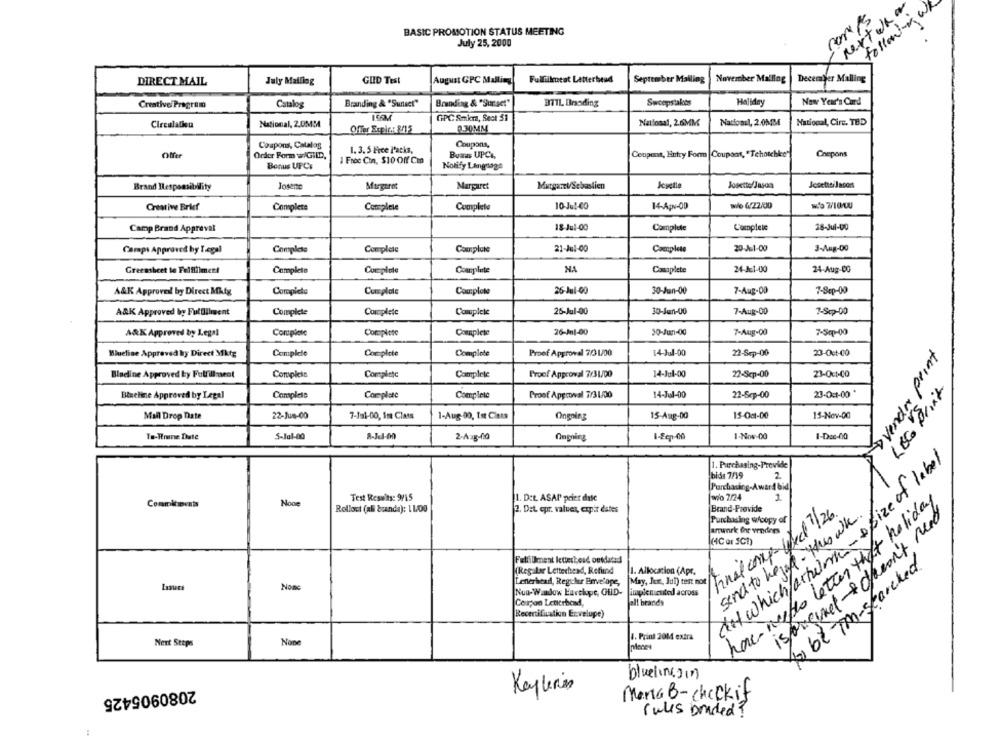
nextwaar
follow-w
comes
BASIC PROMOTION STATUS MEETING
July 25, 2000
DIRECT MAIL
July Mailing
GUID Test
August GPC Malling
Fullilkutat Latterbead
September Mailing
November Malling
December Malling
Creative Program
Catalog
Branding & "Sunset"
Branding & "Sunset"
BTTL Brsading
Sweepstakes
Holiday
New Year's Card
GPC Snkra, Sect 31
Circulation
National, 2.0MM
National, 2.6MM
National, 2.0MM
National, Circ. TBD
Offer Exple .: 8/15
R30MM
Coupons, Catalog
1.3. 5 Free Packs,
Coupons,
Offer
Order Form w/GILD,
Buaus UPCI
Coupons, Entry Form | Coupons, "Tehotchkee"
Chepons
1 Free Con, $10 Off Cin
Bonus UFC:
Notify Lingnage
Jonene
Margaret
Margaret
Margaret/Sebastien
Josette/Jason
Josette Jacors
Brand Responsibility
Creative Brief
Complete
Complete
Complete
10-Jul-CO
14-Apv-00
we 4/22/00
Camp Brand Appreval
18-Jul-00
Complete
Complete
28-Jul-00
Camps Approved by Legal
Complete
Complete
Complate
21-Jul-00
Completo
20Je1-00
3-Aug-00
Greensheet to Fulfillment
Complete
Complete
Complete
NA
Complete
24-JE1-00
24-Aug-00
7-Aug-00
7-Sep-00
A&K Approved by Direct Mktg
Complete
Cumplole
Complete
25-Jul-00
30-Jan-00
ARK Approved by Fulfillment
Complete
Complete
Complete
25-Jul-00
30-Jun-00
7-Aug-00
7-Scp-00
A&K Approved by Legal
Complete
Complete
Complete
26-11-00
30-Jun-00
7-Aug-00
7.5q-00
Blueline Approved by Direct Mktg
Complete
Complete
Complete
Proof Approval 2/3 1/00
14-Jul-00
22-Sep-00
23-Oct-00
Dvenda point
Bladline Approved by Fulfillment
Complete
Complete
Complete
Proof Approval 7/31/00
14-Jul-00
22-Scp-00
23-Oct-00
LOGO Print
Complete
14-Jul-00
22-Sep-00
23-0:1-00 '
Blueline Approved by Legal
Complete
Complete
Proof Approval 7/3 1/00
Mail Drop Date
22-Jun-00
7-Jul-00, Im Class
1-Aug-00, Ist Cists
15-Aug-00
15-0:1-00
15-Nov-00
Ongoing
To-Romne Dute
5-Jul-00
2-Aug-00
Ongning
1-Sep-00
1-Nov-00
1-Dec-00
1. Purchasing-Provide
dit which/ artwork - size of label
bids 7/19
2
Purchasing-Award bid
Test Results: 9/15
1. Det. ASAP" prier dale
wylo 7/24
1
Commitments
have mueble letter that holiday
Rollout (ali branda): 1100
2. Det. opr. values, empir dates
Brand-Provide
hnal comp wed 7/26
Purchasing woopy of
send to help - Have wh
isporcine+ dawon't need
artwork Che venders
(4℃ or SCh)
Fulfilment letterbend outdated
(Regalar Letterhead, Refiind
1. Allocation (Apr.
4 be -To-searched.
Nome
Leneristad, Regulur Envelope,
May, Jun, Jul) test not
Non-Wandow Eurshape, GHD-
implemented across
all brands
Coupon Letterbend,
Recertification Ervelupe)
1. Print 2014 extra
Next Steps
pieces
bluelinesin
2080905425
Monica B-checkif
rules bonded ?